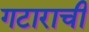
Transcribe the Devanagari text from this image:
गटाराची